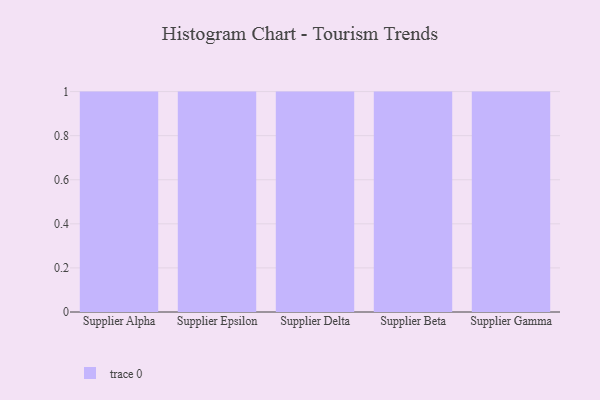
{"axis": {"x": "Supplier", "y": "Inventory Turnover"}, "legend": [""], "data": [{"x": "Supplier Alpha", "y": 89, "type": ""}, {"x": "Supplier Epsilon", "y": 99, "type": ""}, {"x": "Supplier Delta", "y": 66, "type": ""}, {"x": "Supplier Beta", "y": 14, "type": ""}, {"x": "Supplier Gamma", "y": 70, "type": ""}]}